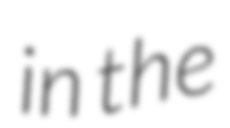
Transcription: in the